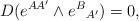
LaTeX: \begin{align*}D(e^{AA'}\wedge e^{B}{}_{A'})=0 ,\end{align*}